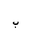
Letter: _ba